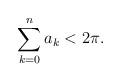
LaTeX: \begin{align*}\sum_{k=0}^{n}a_k < 2\pi.\end{align*}